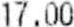
17.00